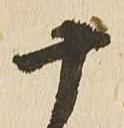
十